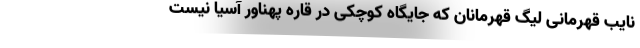
نایب قهرمانی لیگ قهرمانان که جایگاه کوچکی در قاره پهناور آسیا نیست